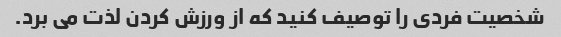
شخصیت فردی را توصیف کنید که از ورزش کردن لذت می برد.